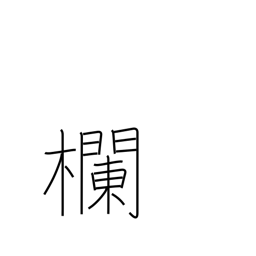
Meaning: blank